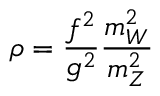
\rho = \frac { f ^ { 2 } } { g ^ { 2 } } \frac { m _ { W } ^ { 2 } } { m _ { Z } ^ { 2 } }